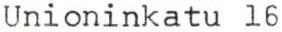
Unioninkatu 16